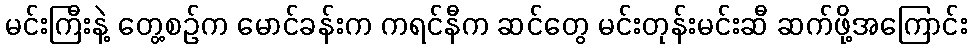
မင်းကြီးနဲ့ တွေ့စဉ်က မောင်ခန်းက ကရင်နီက ဆင်တွေ မင်းတုန်းမင်းဆီ ဆက်ဖို့အကြောင်း